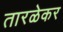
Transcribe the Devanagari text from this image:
तारळेकर